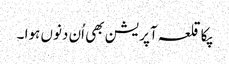
پکا قلعہ آپریشن بھی اُن دنوں ہوا ۔